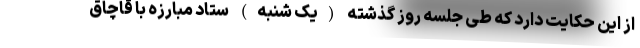
از این حکایت دارد که طی جلسه روز گذشته (یک شنبه) ستاد مبارزه با قاچاق